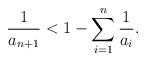
LaTeX: \begin{align*}\frac{1}{a_{n+1}} < 1 - \sum_{i=1}^{n}\frac{1}{a_i} . \end{align*}